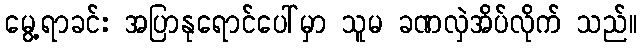
မွေ့ရာခင်း အပြာနုရောင်ပေါ်မှာ သူမ ခဏလှဲအိပ်လိုက် သည်။